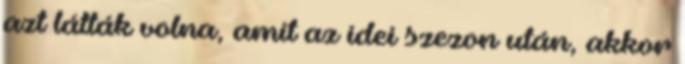
azt látták volna, amit az idei szezon után, akkor